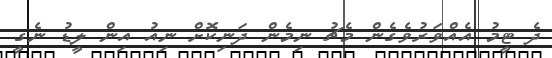
ދެ ޓީމު އެއްވަރުވެގެން މެޗު ނިމެން ދަނިކޮށް ނިއު އިން ލީޑު ނެގީ